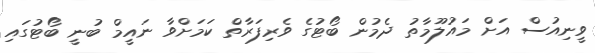
ވީނިއުސް އަށް މައުލޫމާތު ދެމުން ބޯޓުގެ ވެރިފަރާތް ކަމަށްވާ ނައީމް ބުނީ ބޯޓުގައި